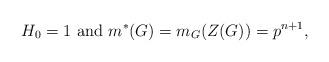
LaTeX: \begin{align*}H_0=1 \mbox{ and } m^*(G)=m_G(Z(G))=p^{n+1},\end{align*}